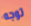
توجه